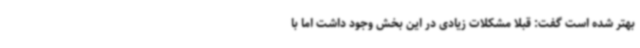
بهتر شده است گفت: قبلاً مشکلات زیادی در این بخش وجود داشت اما با